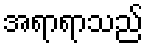
အရာရာသည်